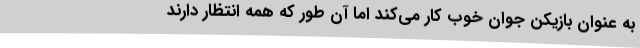
به عنوان بازیکن جوان خوب کار می‌کند اما آن طور که همه انتظار دارند